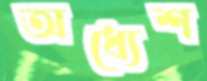
অধ্যেশ